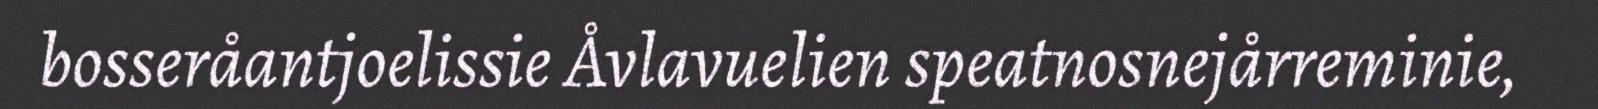
bosseråantjoelissie Åvlavuelien speatnosnejårreminie,